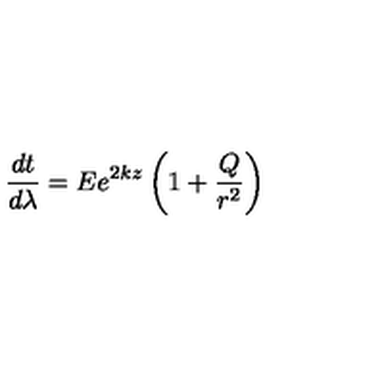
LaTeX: \frac { d t } { d \lambda } = E e ^ { 2 k z } \left( 1 + \frac { Q } { r ^ { 2 } } \right)